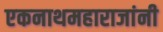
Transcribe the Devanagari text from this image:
एकनाथमहाराजांनी